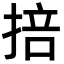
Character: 掊